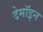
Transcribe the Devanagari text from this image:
देमॉइन